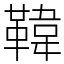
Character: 𩋾